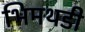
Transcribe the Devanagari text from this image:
भिमथडी